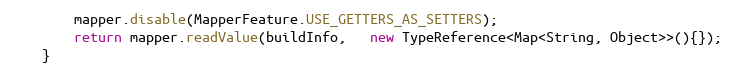
Language: Java
        mapper.disable(MapperFeature.USE_GETTERS_AS_SETTERS);
        return mapper.readValue(buildInfo,   new TypeReference<Map<String, Object>>(){});
    }